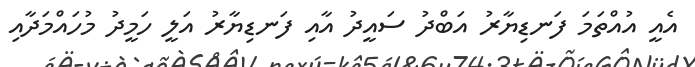
އެއީ އުއްތަމަ ފަނޑިޔާރު އަބްދު ސައީދު އާއި ފަނޑިޔާރު އަލީ ހަމީދު މުހައްމަދާއި